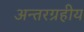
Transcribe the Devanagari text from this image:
अन्तरग्रहीय